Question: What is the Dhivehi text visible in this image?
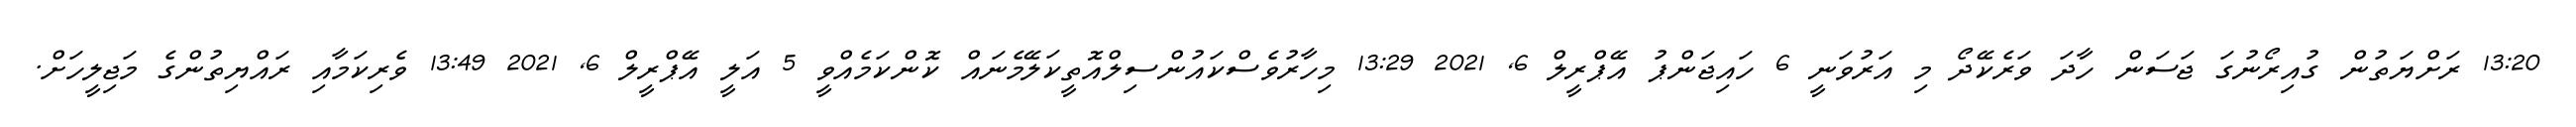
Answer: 13:20 ރަށްޔަތުން ގުއިރޯނުގަ ޖަސަން ހާދަ ވަރެކޭދޯ މި އަރުވަނީ 6 ހައިޖަންޕު އޭޕްރީލް 6, 2021 13:29 މިހާރުވެސްކައުންސިލްއޮތީކަލޭމެނައް ކޮންކަމެއްވީ 5 އަލީ އޭޕްރީލް 6, 2021 13:49 ވެރިކަމާއި ރައްޔިތުންގެ މަޖިލީހަށް.